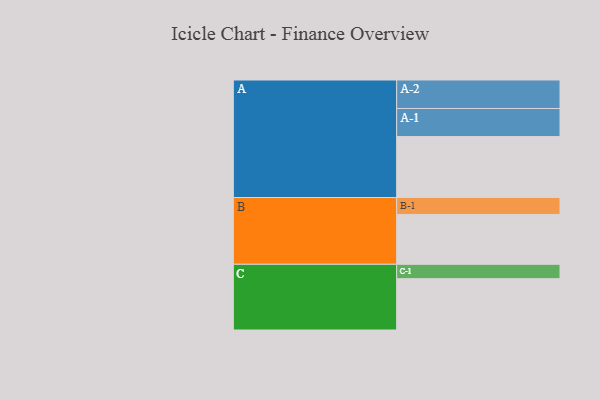
{"axis": {"x": "Segment", "y": "Value"}, "legend": ["", "A", "B", "C"], "data": [{"x": "A", "y": 462, "type": ""}, {"x": "B", "y": 378, "type": ""}, {"x": "C", "y": 389, "type": ""}, {"x": "A-1", "y": 213, "type": "A"}, {"x": "A-2", "y": 216, "type": "A"}, {"x": "B-1", "y": 128, "type": "B"}, {"x": "C-1", "y": 109, "type": "C"}]}